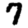
Digit: 7